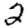
Digit: 2